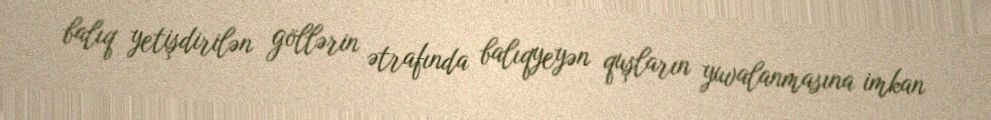
balıq yetişdirilən göllərin ətrafında balıqyeyən quşların yuvalanmasına imkan